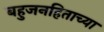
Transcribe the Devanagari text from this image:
बहुजनहिताच्या